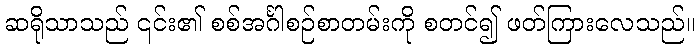
ဆရိုသာသည် ၎င်း၏ စစ်အင်္ဂါစဉ်စာတမ်းကို စတင်၍ ဖတ်ကြားလေသည်။